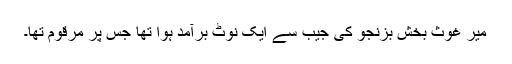
میر غوث بخش بزنجو کی جیب سے ایک نوٹ برآمد ہوا تھا جس پر مرقوم تھا۔